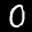
Label: 0